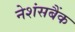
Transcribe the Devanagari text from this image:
नेशंसबैंक